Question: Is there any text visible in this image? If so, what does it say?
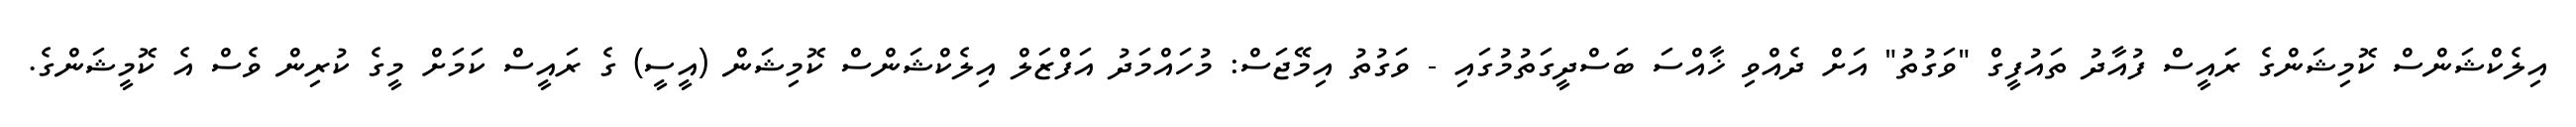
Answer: އިލެކްޝަންސް ކޮމިޝަންގެ ރައީސް ފުއާދު ތައުފީގް "ވަގުތު" އަށް ދެއްވި ޚާއްސަ ބަސްދީގަތުމުގައި - ވަގުތު އިމޭޖަސް: މުހައްމަދު އަފްޒަލް އިލެކްޝަންސް ކޮމިޝަން (އީސީ) ގެ ރައީސް ކަމަށް މީގެ ކުރިން ވެސް އެ ކޮމީޝަންގެ.